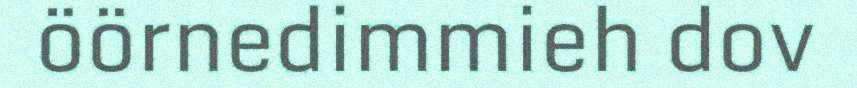
öörnedimmieh dov